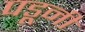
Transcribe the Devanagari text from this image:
पडूनी